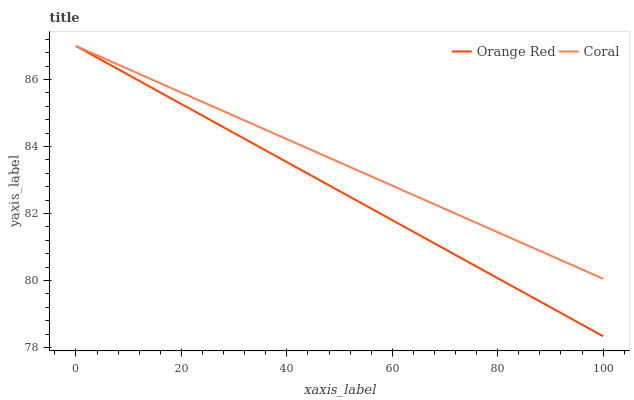
| xaxis_label | Orange Red | Coral |
 | --- | --- | --- |
 | 0 | 87 | 87 |
 | 6.25 | 86.5 | 86.6 |
 | 12.5 | 85.9 | 86.1 |
 | 18.8 | 85.4 | 85.7 |
 | 25 | 84.8 | 85.3 |
 | 31.2 | 84.3 | 84.8 |
 | 37.5 | 83.8 | 84.4 |
 | 43.8 | 83.2 | 84 |
 | 50 | 82.7 | 83.5 |
 | 56.2 | 82.1 | 83.1 |
 | 62.5 | 81.6 | 82.7 |
 | 68.8 | 81 | 82.2 |
 | 75 | 80.5 | 81.8 |
 | 81.2 | 80 | 81.4 |
 | 87.5 | 79.4 | 80.9 |
 | 93.8 | 78.9 | 80.5 |
 | 100 | 78.3 | 80.1 |